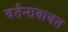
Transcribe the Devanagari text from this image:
वर्तनाबाबत